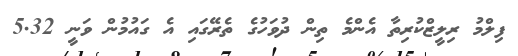
ފިލްމު ރިލީޒްކުރިތާ އެންމެ ތިން ދުވަހުގެ ތެރޭގައި އެ ގައުމުން ވަނީ 5.32